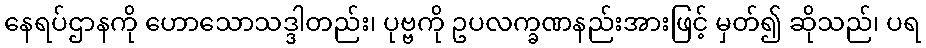
နေရပ်ဌာနကို ဟောသောသဒ္ဒါတည်း၊ ပုဗ္ဗကို ဥပလက္ခဏနည်းအားဖြင့် မှတ်၍ ဆိုသည်၊ ပရ